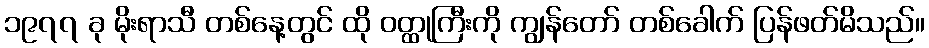
၁၉၇၇ ခု မိုးရာသီ တစ်နေ့တွင် ထို ဝတ္ထုကြီးကို ကျွန်တော် တစ်ခေါက် ပြန်ဖတ်မိသည်။